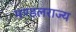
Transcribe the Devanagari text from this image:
मण्डलराज्य